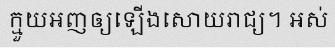
ក្មួយអញឲ្យឡើងសោយរាជ្យ។ អស់